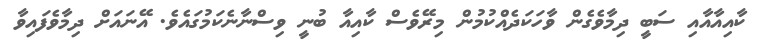
ކާއިއާއާއި ސަބީ ދިމާވެގެން ވާހަކަދެއްކުމުން މިރޭވެސް ކާއިއާ ބުނީ ވިސްނާނެކަމުގައެވެ. އޭނައަށް ދިމާވެފައިވާ